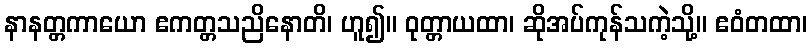
နာနတ္တကာယော ဧကတ္တသညိနောတိ၊ ဟူ၍။ ဝုတ္တာယထာ၊ ဆိုအပ်ကုန်သကဲ့သို့။ ဧဝံတထာ၊